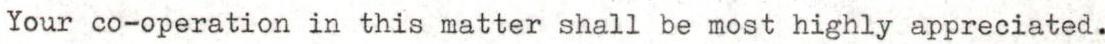
Your co-operation in this matter shall be most highly appreciated.